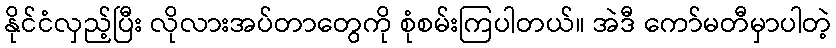
နိုင်ငံလှည့်ပြီး လိုလားအပ်တာတွေကို စုံစမ်းကြပါတယ်။ အဲဒီ ကော်မတီမှာပါတဲ့